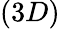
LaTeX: (3D)